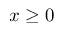
x \ge 0